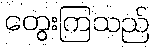
တွေးကြသည်